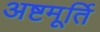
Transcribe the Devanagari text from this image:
अष्टमूर्ति